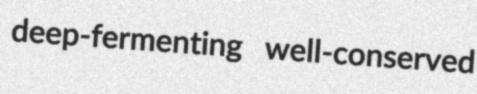
deep-fermenting well-conserved